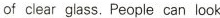
of clear glass.People can look